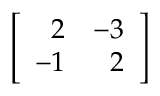
\left[ { \begin{array} { r r } { 2 } & { - 3 } \\ { - 1 } & { 2 } \end{array} } \right]